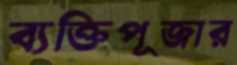
ব্যক্তিপূজার